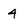
Character: 4